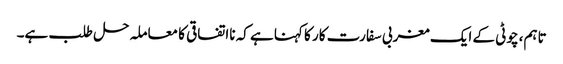
تاہم، چوٹی کے ایک مغربی سفارت کار کا کہنا ہے کہ نااتفاقی کا معاملہ حل طلب ہے۔